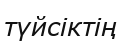
түйсіктің